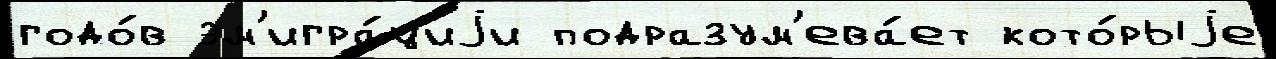
годо́в эм'игра́циjи подразум'ева́ет кото́рыjе